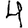
Digit: 4